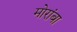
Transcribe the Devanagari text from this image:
मोरांबा